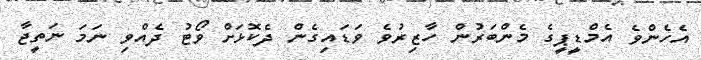
އެހެންވެ އެމްޑީޕީގެ މެންބަރުން ހާޒިރުވެ ވަޑައިގެން ދެކޮޅަށް ވޯޓު ދެއްވި ނަމަ ނަތީޖާ